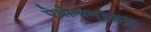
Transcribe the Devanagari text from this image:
ऐमोनाम्‌इड्स